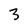
Character: 3